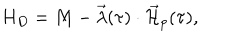
LaTeX: H _ { D } = M - \vec { \lambda } ( \tau ) \cdot \vec { { \cal H } } _ { p } ( \tau ) ,